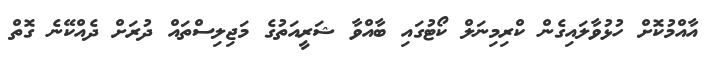
އާއްމުކޮށް ހުޅުވާލައިގެން ކްރިމިނަލް ކޯޓުގައި ބާއްވާ ޝަރީއަތުގެ މަޖިލިސްތައް ދުރަށް ދެއްކޭނެ ގޮތް